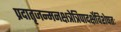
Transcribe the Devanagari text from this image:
प्रदातृजन्मनक्षत्रेत्रिपादर्क्षेविशेषतः